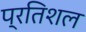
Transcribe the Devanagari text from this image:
प्रतिशल